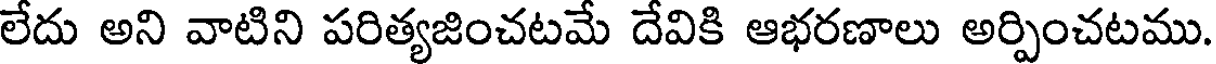
లేదు అని వాటిని పరిత్యజించటమే దేవికి ఆభరణాలు అర్పించటము